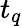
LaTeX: t_{q}